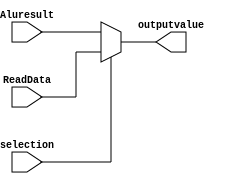
`timescale 1ns / 1ps
//////////////////////////////////////////////////////////////////////////////////
// Company: 
// Engineer: 
// 
// Design Name: 
// Module Name: DataMWriteMux
// Project Name: 
// Target Devices: 
// Tool Versions: 
// Description: 
// 
// Dependencies: 
// 
// Revision:
// Revision 0.01 - File Created
// Additional Comments:
// 
//////////////////////////////////////////////////////////////////////////////////


module DataMWriteMux(outputvalue,ReadData,Aluresult,selection);


    output reg [31:0] outputvalue;
    
    
    input [31:0] ReadData,Aluresult;
    input  selection;

    /* Fill in the implementation here ... */ 
    always@(ReadData,Aluresult,selection) begin
        if (selection==0) begin
            outputvalue<=Aluresult;
        end
       
        else  begin
              outputvalue<=ReadData;
        end
    end
endmodule